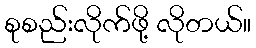
စုစည်းလိုက်ဖို့ လိုတယ်။